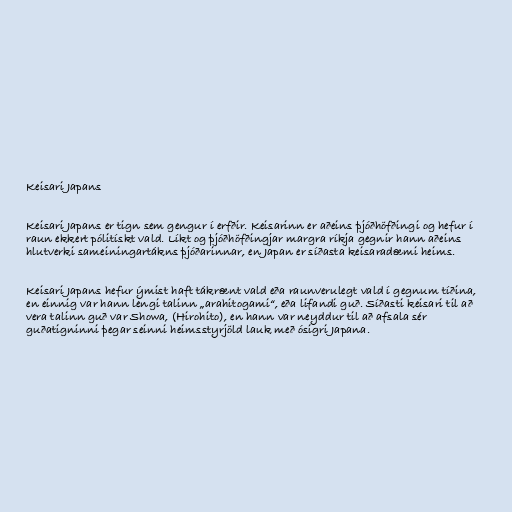
Keisari Japans

Keisari Japans er tign sem gengur í erfðir. Keisarinn er aðeins þjóðhöfðingi og hefur í
raun ekkert pólitískt vald. Líkt og þjóðhöfðingjar margra ríkja gegnir hann aðeins
hlutverki sameiningartákns þjóðarinnar, en Japan er síðasta keisaradæmi heims.

Keisari Japans hefur ýmist haft tákrænt vald eða raunverulegt vald í gegnum tíðina,
en einnig var hann lengi talinn „arahitogami“, eða lifandi guð. Síðasti keisari til að
vera talinn guð var Showa, (Hirohito), en hann var neyddur til að afsala sér
guðatigninni þegar seinni heimsstyrjöld lauk með ósigri Japana.